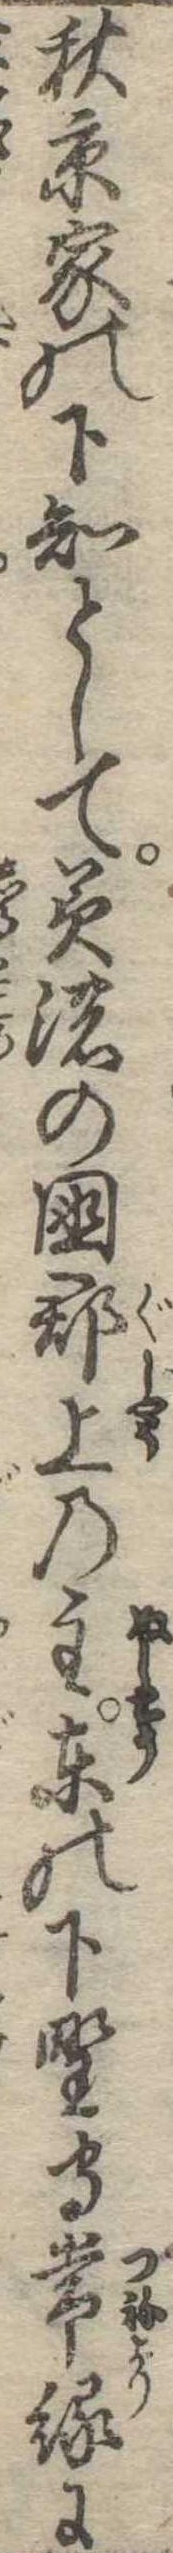
秋京家の下知として美濃の国郡上の主東の下野守常縁に